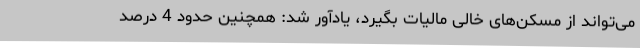
می‌تواند از مسکن‌های خالی مالیات بگیرد، یادآور شد: همچنین حدود 4 درصد